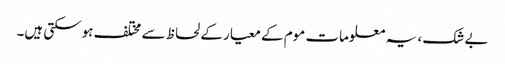
بے شک ، یہ معلومات موم کے معیار کے لحاظ سے مختلف ہوسکتی ہیں۔